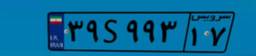
۳۹S۹۹۳۱۷